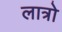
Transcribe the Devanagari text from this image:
लात्रो